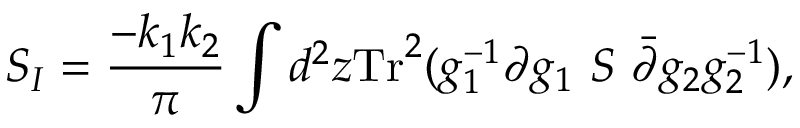
S _ { I } = { \frac { - k _ { 1 } k _ { 2 } } { \pi } } \int d ^ { 2 } z \mathrm { T r } ^ { 2 } ( g _ { 1 } ^ { - 1 } \partial g _ { 1 } ~ S ~ \bar { \partial } g _ { 2 } g _ { 2 } ^ { - 1 } ) ,